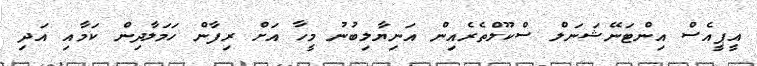
އީޕީއެސް އިންޓަނޭޝަނަލް ސްކޫލްތެރެއިން އަނިޔާލިބުނު މީހާ އަށް ރިފާން ހަމަލާދިން ކަމާއި އަދި